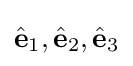
{\hat {\mathbf {e} }}_{1},{\hat {\mathbf {e} }}_{2},{\hat {\mathbf {e} }}_{3}